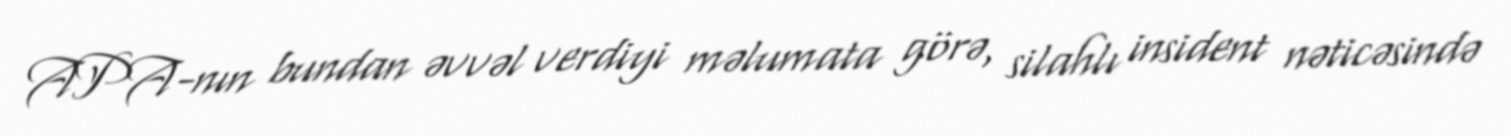
APA-nın bundan əvvəl verdiyi məlumata görə, silahlı insident nəticəsində